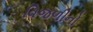
વિજળીનો